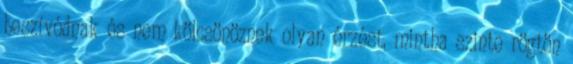
beszívódnak és nem kölcsönöznek olyan érzést, mintha szinte rögtön